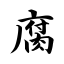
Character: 腐